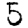
Digit: 5